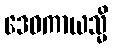
ဒေဝကာယသ္မိ